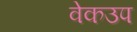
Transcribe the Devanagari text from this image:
वेकउप